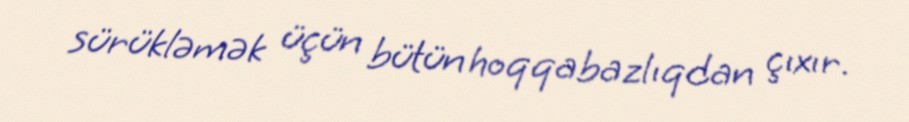
sürükləmək üçün bütün hoqqabazlıqdan çıxır.